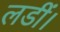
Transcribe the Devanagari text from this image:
लडीं।